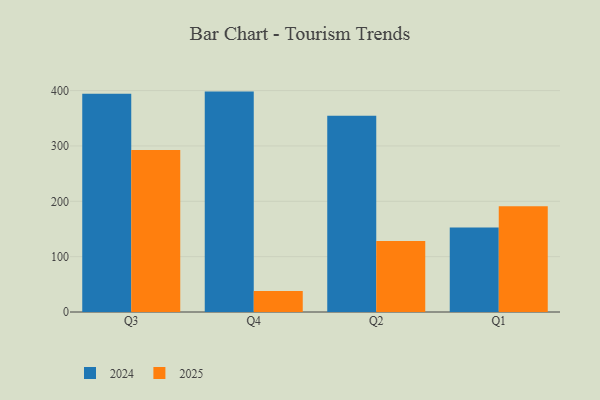
{"axis": {"x": "Quarter", "y": "Budget (USD K)"}, "legend": ["2024", "2025"], "data": [{"x": "Q3", "y": 292.5, "type": "2025"}, {"x": "Q3", "y": 394.2, "type": "2024"}, {"x": "Q4", "y": 37.8, "type": "2025"}, {"x": "Q4", "y": 398.2, "type": "2024"}, {"x": "Q2", "y": 128.2, "type": "2025"}, {"x": "Q2", "y": 354.5, "type": "2024"}, {"x": "Q1", "y": 191.1, "type": "2025"}, {"x": "Q1", "y": 152.5, "type": "2024"}]}